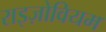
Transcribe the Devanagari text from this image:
राइज़ोवियम